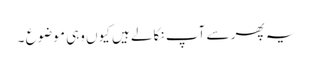
یہ پھر سے آپ نکالے ہیں کیوں وہی موضوع ۔